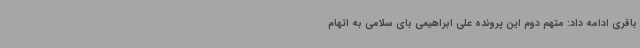
باقری ادامه داد: متهم دوم این پرونده علی ابراهیمی بای سلامی به اتهام